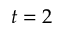
t = 2